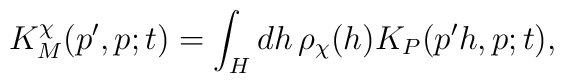
K_M^\chi ( p', p; t )	=	\int_H dh \, \rho_\chi(h) K_P ( p'h, p; t ),